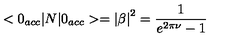
< 0 _ { a c c } | N | 0 _ { a c c } > = \left| \beta \right| ^ { 2 } = \frac { 1 } { e ^ { 2 \pi \nu } - 1 }